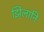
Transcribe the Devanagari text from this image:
झिलानि